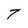
Character: T